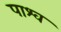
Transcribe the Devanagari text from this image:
पाश्व